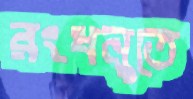
রংধনুতে